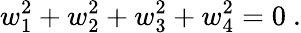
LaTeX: w_{1}^{2}+w_{2}^{2}+w_{3}^{2}+w_{4}^{2}=0\ .